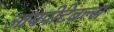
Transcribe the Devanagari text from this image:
आयपीटेबल्स